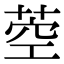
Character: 𦱇